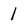
Character: 1